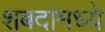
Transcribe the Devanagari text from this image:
शबदांमध्ये